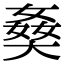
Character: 𡟗